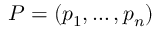
P = ( p _ { 1 } , \dots , p _ { n } )